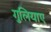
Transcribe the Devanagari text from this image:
गुलियाए